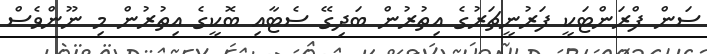
ސަން ފްރަންޓަކީ ފަރުނީޗަރުގެ އިތުރުން ބަދިގޭ ސެޓާއި ބޮކީގެ އިތުރުން މި ނޫންވެސް